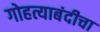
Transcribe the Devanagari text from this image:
गोहत्याबंदीचा